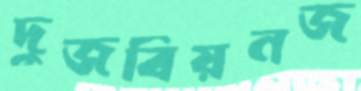
দুজবিয়নজ